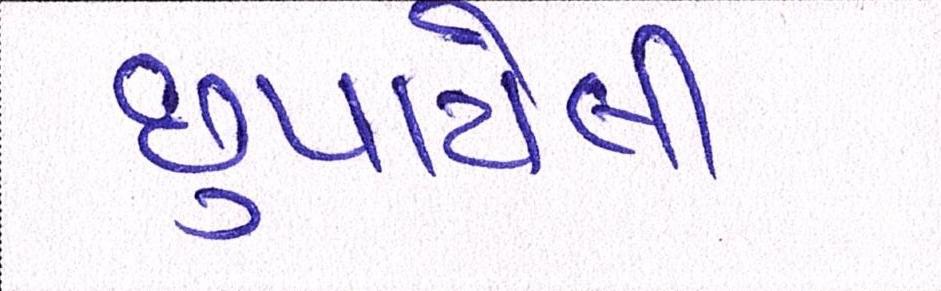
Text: છુપાયેલી